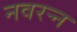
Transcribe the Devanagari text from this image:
नवरर्‍न